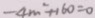
- 4 m ^ { 2 } + 1 6 0 = 0